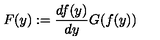
F ( y ) : = \frac { d f ( y ) } { d y } G ( f ( y ) )